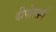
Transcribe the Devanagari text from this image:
दीपोत्सर्ग